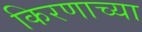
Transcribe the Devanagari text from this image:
किरणाच्या